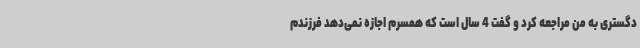
دگستری به من مراجعه کرد و گفت 4 سال است که همسرم اجازه نمی‌دهد فرزندم